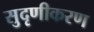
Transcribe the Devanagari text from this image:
सुदृणीकरण